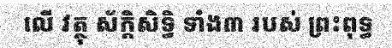
លើ វត្ថុ ស័ក្តិសិទ្ធិ ទាំង៣ របស់ ព្រះពុទ្ធ